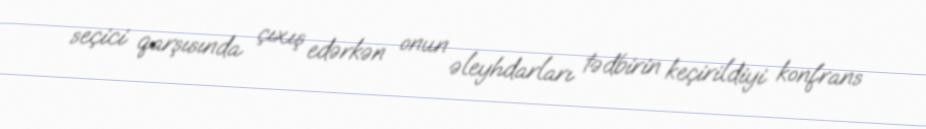
seçici qarşısında çıxış edərkən onun əleyhdarları tədbirin keçirildiyi konfrans